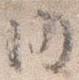
内